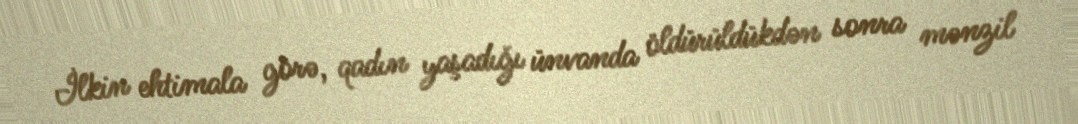
İlkin ehtimala görə, qadın yaşadığı ünvanda öldürüldükdən sonra mənzil